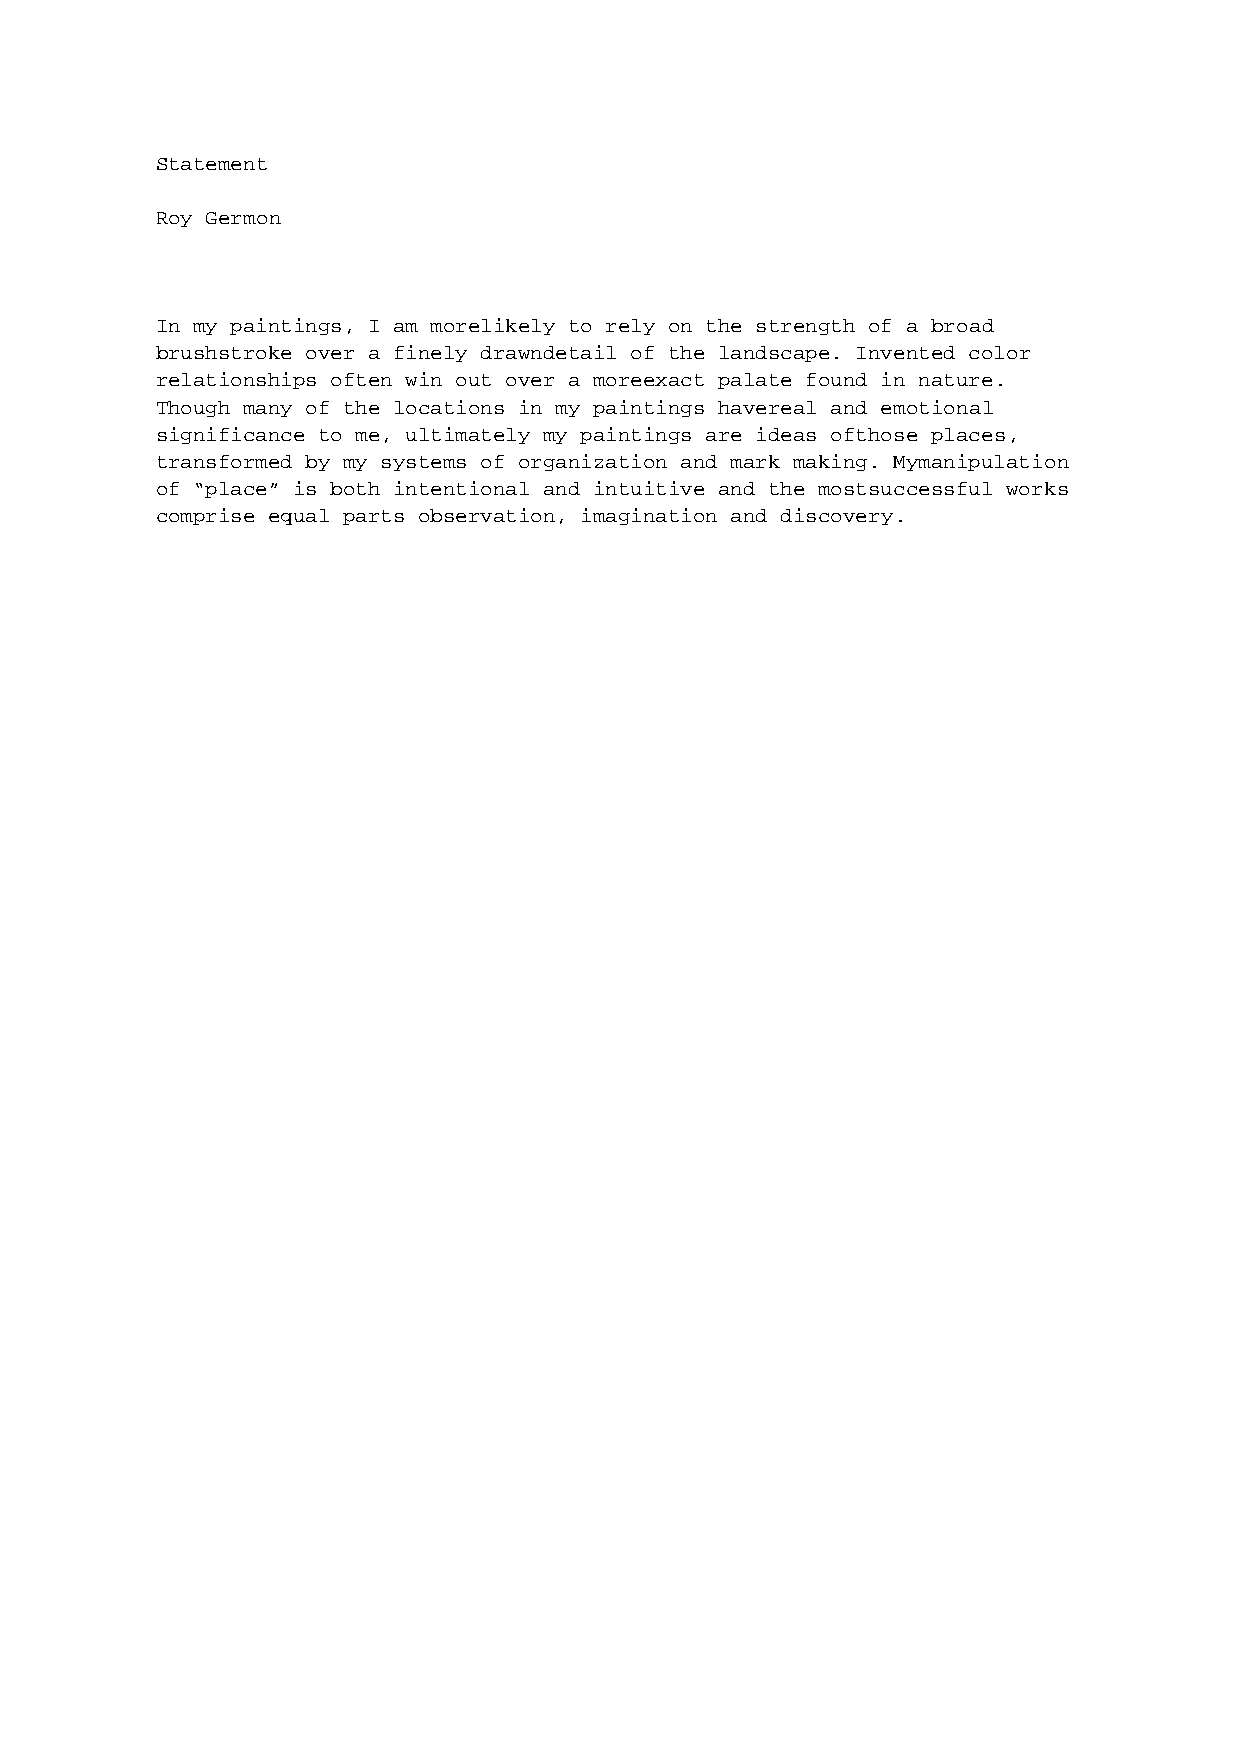
Statement
 Roy Germon
 In my paintings, I am morelikely to rely on the strength of a broad
 brushstroke over a finely drawndetail of the landscape. Invented color
 relationships often win out over a moreexact palate found in nature.
 Though many of the locations in my paintings havereal and emotional
 significance to me, ultimately my paintings are ideas ofthose places,
 transformed by my systems of organization and mark making. Mymanipulation
 of “place” is both intentional and intuitive and the mostsuccessful works
 comprise equal parts observation, imagination and discovery.